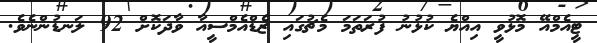
ޓީއެމްއޭ މޮޅުވީ އިއްޔެ ކުޅުނު ފުރަތަމަ މެޗުގައި ޒެޑްއެމްސީއާ ވާދަކޮށް 92 ލަނޑުންނެވެ.